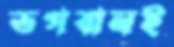
ভগবানই